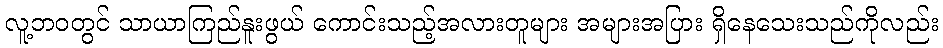
လူ့ဘဝတွင် သာယာကြည်နူးဖွယ် ကောင်းသည့်အလားတူများ အများအပြား ရှိနေသေးသည်ကိုလည်း